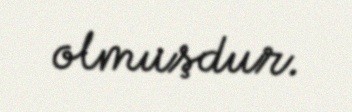
olmuşdur.